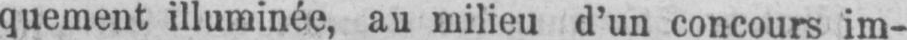
quement illuminée, au milieu d’un concours im-